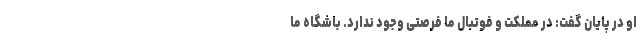
او در پایان گفت: در مملکت و فوتبال ما فرصتی وجود ندارد. باشگاه ما